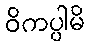
ဝိကပ္ပါမိ